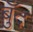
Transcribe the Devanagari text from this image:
बुँद